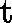
\ensuremath { \mathrm { ~ \boldmath ~ t ~ } }